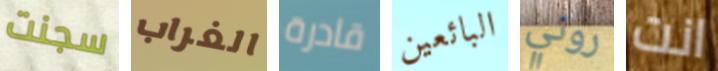
سجنت الغراب قادرة البائعين روني انت